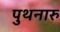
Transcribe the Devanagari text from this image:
पुथनारु